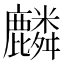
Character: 麟